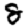
Digit: 8